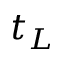
t _ { L }